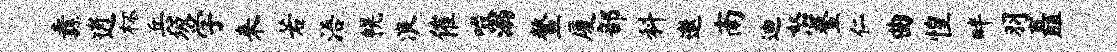
纛逍杯兵圾学来若浯幌浪催啜溺鳌厦部料邀南迪怒鳌仁曲惶畔羽矗